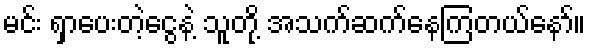
မင်း ရှာပေးတဲ့ငွေနဲ့ သူတို့ အသက်ဆက်နေကြတယ်နော်။